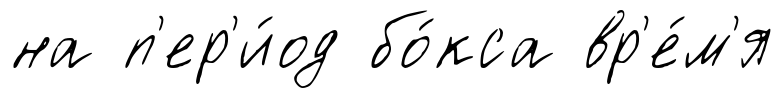
на п'ер'и́од бо́кса вр'е́м'я